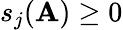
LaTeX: s_{j}(\mathbf{A})\geq0